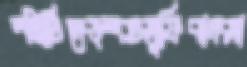
স্ত্রীটিদেড়শতসুফিবাদসা